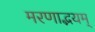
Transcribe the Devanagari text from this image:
मरणाद्भयम्